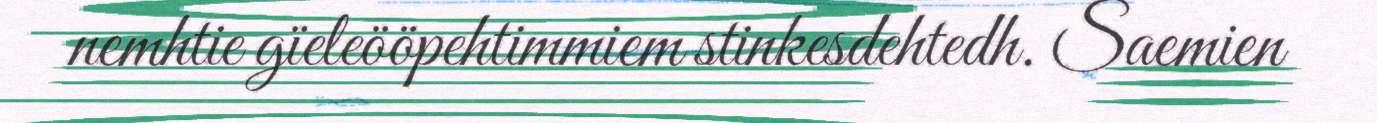
nemhtie gïeleööpehtimmiem stinkesdehtedh. Saemien